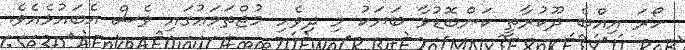
ހޯރަ އިއްބެ ދޫކުރާތީ ކަންބޮޑުވާ ބަޔަކު މި ދިވެހި މުޖްތަމަޢުގައި ވެސް އެބައުޅެއެވެ.